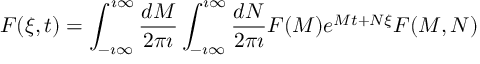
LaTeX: F ( \xi , t ) = \int _ { - \imath \infty } ^ { \imath \infty } \frac { d M } { 2 \pi \imath } \int _ { - \imath \infty } ^ { \imath \infty } \frac { d N } { 2 \pi \imath } F ( M ) e ^ { M t + N \xi } F ( M , N )